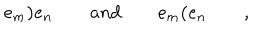
e _ { m } \mathbf { ) } e _ { n } \quad \quad a n d \quad \quad e _ { m } \mathbf { ( } e _ { n } \quad \quad ,